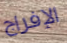
الإفراج